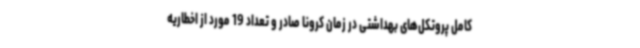
کامل پروتکل‌های بهداشتی در زمان کرونا صادر و تعداد 19 مورد از اخطاریه